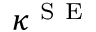
\kappa ^ { \mathrm { ~ S ~ E ~ } }